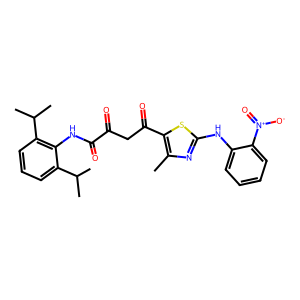
SMILES: Cc1nc(Nc2ccccc2[N+](=O)[O-])sc1C(=O)CC(=O)C(=O)Nc1c(C(C)C)cccc1C(C)C
Inhibits HIV replication: No